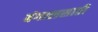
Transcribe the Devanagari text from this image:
बंगालसाठी